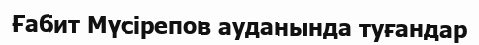
Ғабит Мүсірепов ауданында туғандар